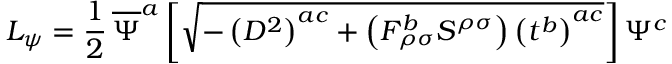
{ \cal { L } } _ { \psi } = \frac { 1 } { 2 } \, \overline { { { \Psi } } } ^ { a } \left[ \sqrt { - \left( D ^ { 2 } \right) ^ { a c } + \left( F _ { \rho \sigma } ^ { b } S ^ { \rho \sigma } \right) \left( t ^ { b } \right) ^ { a c } } \right] \Psi ^ { c }